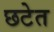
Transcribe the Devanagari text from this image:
छटेत